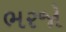
ભરજો